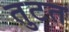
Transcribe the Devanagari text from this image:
तुटत